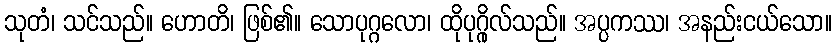
သုတံ၊ သင်သည်။ ဟောတိ၊ ဖြစ်၏။ သောပုဂ္ဂလော၊ ထိုပုဂ္ဂိုလ်သည်။ အပ္ပကဿ၊ အနည်းငယ်သော။